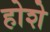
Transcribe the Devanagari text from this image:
होशे